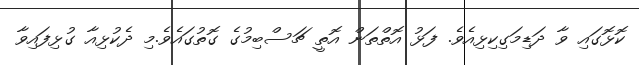
ކޮޅޮގައި ވާ ދަޑިމަގިކިޅިއެވެ. ފަޅު އޮތްތަން އޮތީ ޗަސްބިމުގެ ގޮތުގައެވެ.މި ދެކުޅިއާ ގުޅިފައިވާ